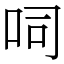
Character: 呞